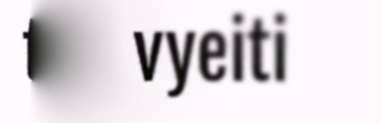
tuu vyeiti